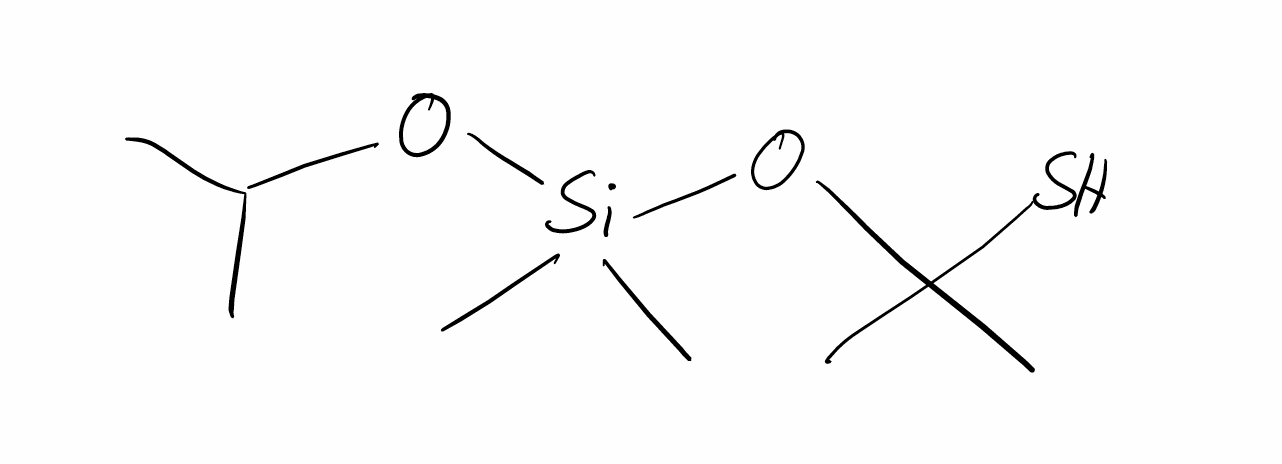
Simplified molecular-input line-entry system (SMILES) notation of the given molecule:
CC(C)O[Si](C)(C)OC(C)(C)S